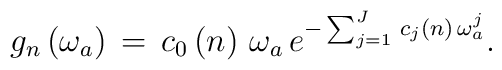
g_{n}\left( \omega _{a}\right) \,=\,c_{0}\left( n\right) \,\omega_{a}\,e^{-\sum_{j=1}^{J}\,c_{j}\left( n\right) \,\omega _{a}^{j}}.